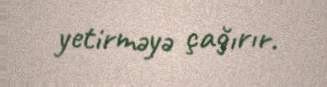
yetirməyə çağırır.